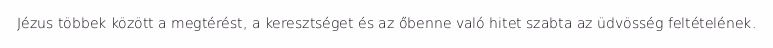
Jézus többek között a megtérést, a keresztséget és az őbenne való hitet szabta az üdvösség feltételének.